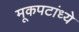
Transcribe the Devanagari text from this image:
मूकपटांध्ये